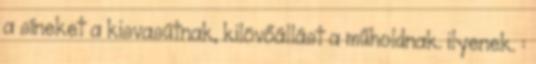
a síneket a kisvasútnak, kilövőállást a műholdnak. ilyenek. :